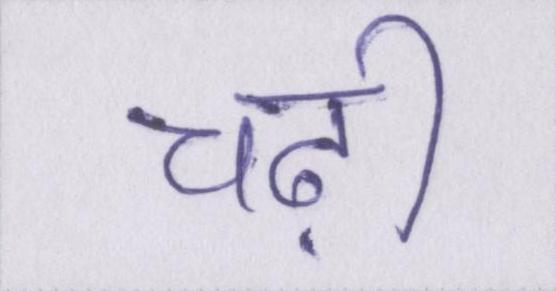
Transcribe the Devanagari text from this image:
चढ़ी